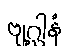
ဗျဂ္ဃါနံ